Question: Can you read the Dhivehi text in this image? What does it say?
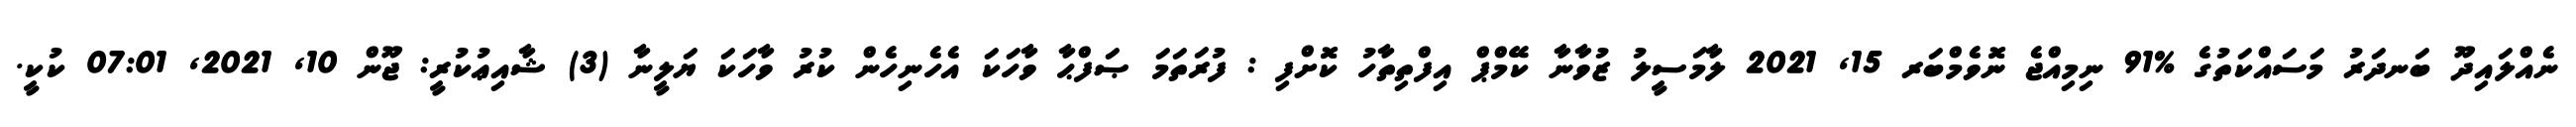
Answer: ނެއްލައިދޫ ބަނދަރު މަސައްކަތުގެ %91 ނިމިއްޖެ ނޮވެމްބަރ 15, 2021 ލާމަސީލު ޒުވާނާ ކޭމްޕް އިފްތިތާހު ކޮށްފި : ފުރަތަމަ ޞަފްޙާ ވާހަކަ އެހެނިހެން ކުރު ވާހަކަ ޔަލީނާ (3) ޝާއިޢުކުރީ: ޖޫން 10, 2021, 07:01 ކުކީ.